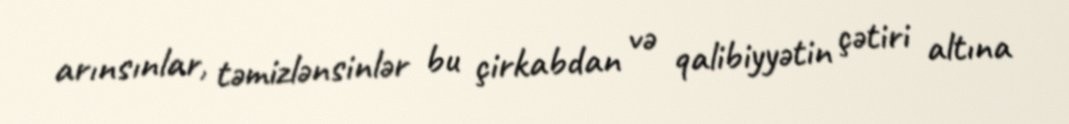
arınsınlar, təmizlənsinlər bu çirkabdan və qalibiyyətin çətiri altına